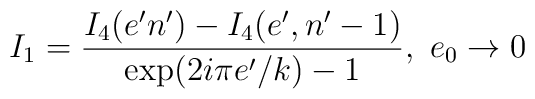
I_{1}=\frac{I_{4}(e'n')-I_{4}(e',n'-1)}{\mbox{exp}(2i\pi e'/k)-1},\ e_{0}\rightarrow0